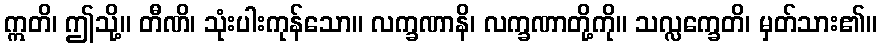
ဣတိ၊ ဤသို့။ တီဏိ၊ သုံးပါးကုန်သော။ လက္ခဏာနိ၊ လက္ခဏာတို့ကို။ သလ္လက္ခေတိ၊ မှတ်သား၏။